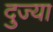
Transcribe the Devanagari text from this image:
दुज्या